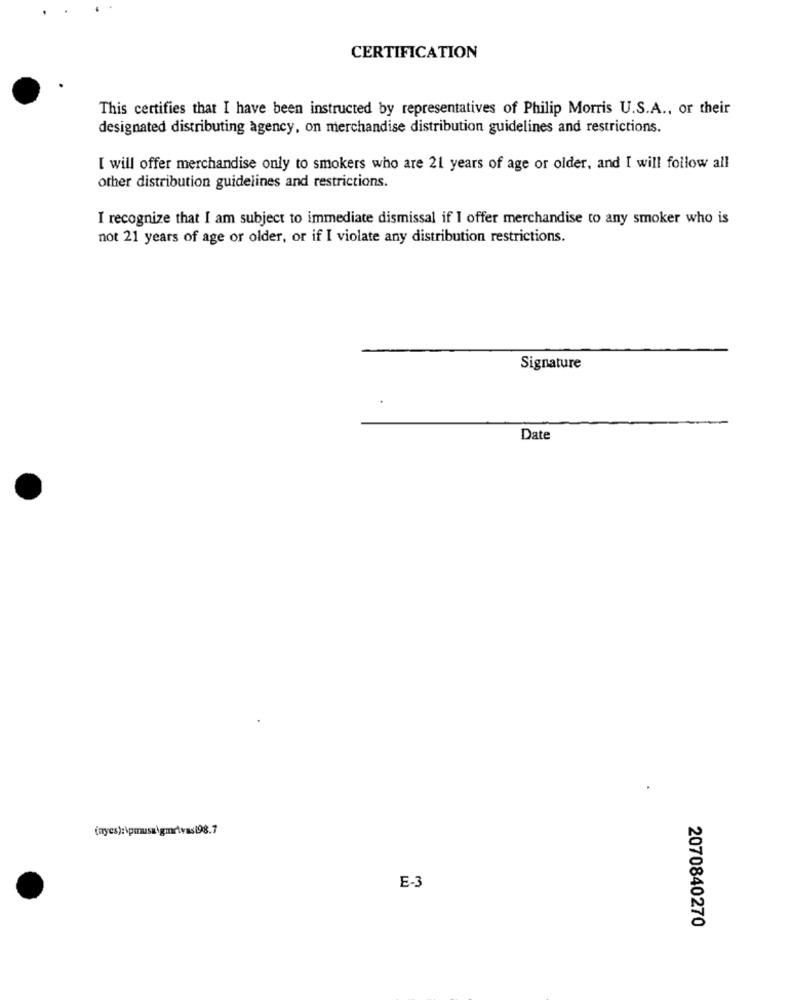
CERTIFICATION
This certifies that I have been instructed by representatives of Philip Morris U.S.A ., or their
designated distributing agency, on merchandise distribution guidelines and restrictions.
I will offer merchandise only to smokers who are 21 years of age or older, and I will follow all
other distribution guidelines and restrictions.
I recognize that I am subject to immediate dismissal if I offer merchandise to any smoker who is
not 21 years of age or older, or if I violate any distribution restrictions.
Signature
Date
(nyes):\pmusa\gmr\vas198.7
E-3
2070840270